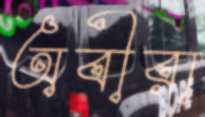
অবীরা